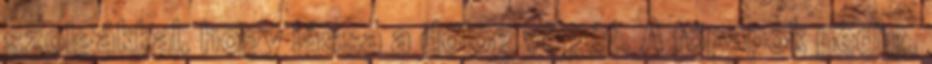
szolgákkal, hogy lássa a dolog végét. A főpapok pedig,